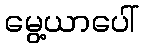
မွေ့ယာပေါ်